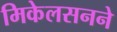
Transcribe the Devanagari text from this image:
मिकेलसनने